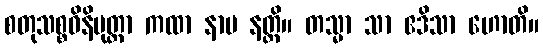
စတုသစ္စဝိနိမုတ္တာ ကထာ နာမ နတ္ထိ။ တသ္မာ သာ ဧဒိသာ ဟောတိ။